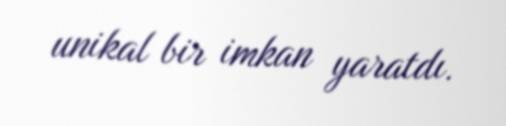
unikal bir imkan yaratdı.